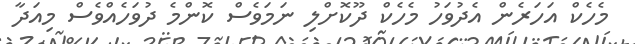
މެހެކް އަހަރެން އެދުވަހު މެހެކް ދޫކޮށްލި ނަމަވެސް ކޮންމެ ދުވަހެއްވެސް މިއަދާ